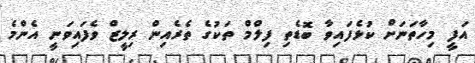
އަފީ މިހާތަނަށް ކުޅެފައިވާ ބޮޑެތި ފިލްމް ތަކުގެ ތެރެއިން ރިލީޒް ވެފައިވަނީ އެންމެ